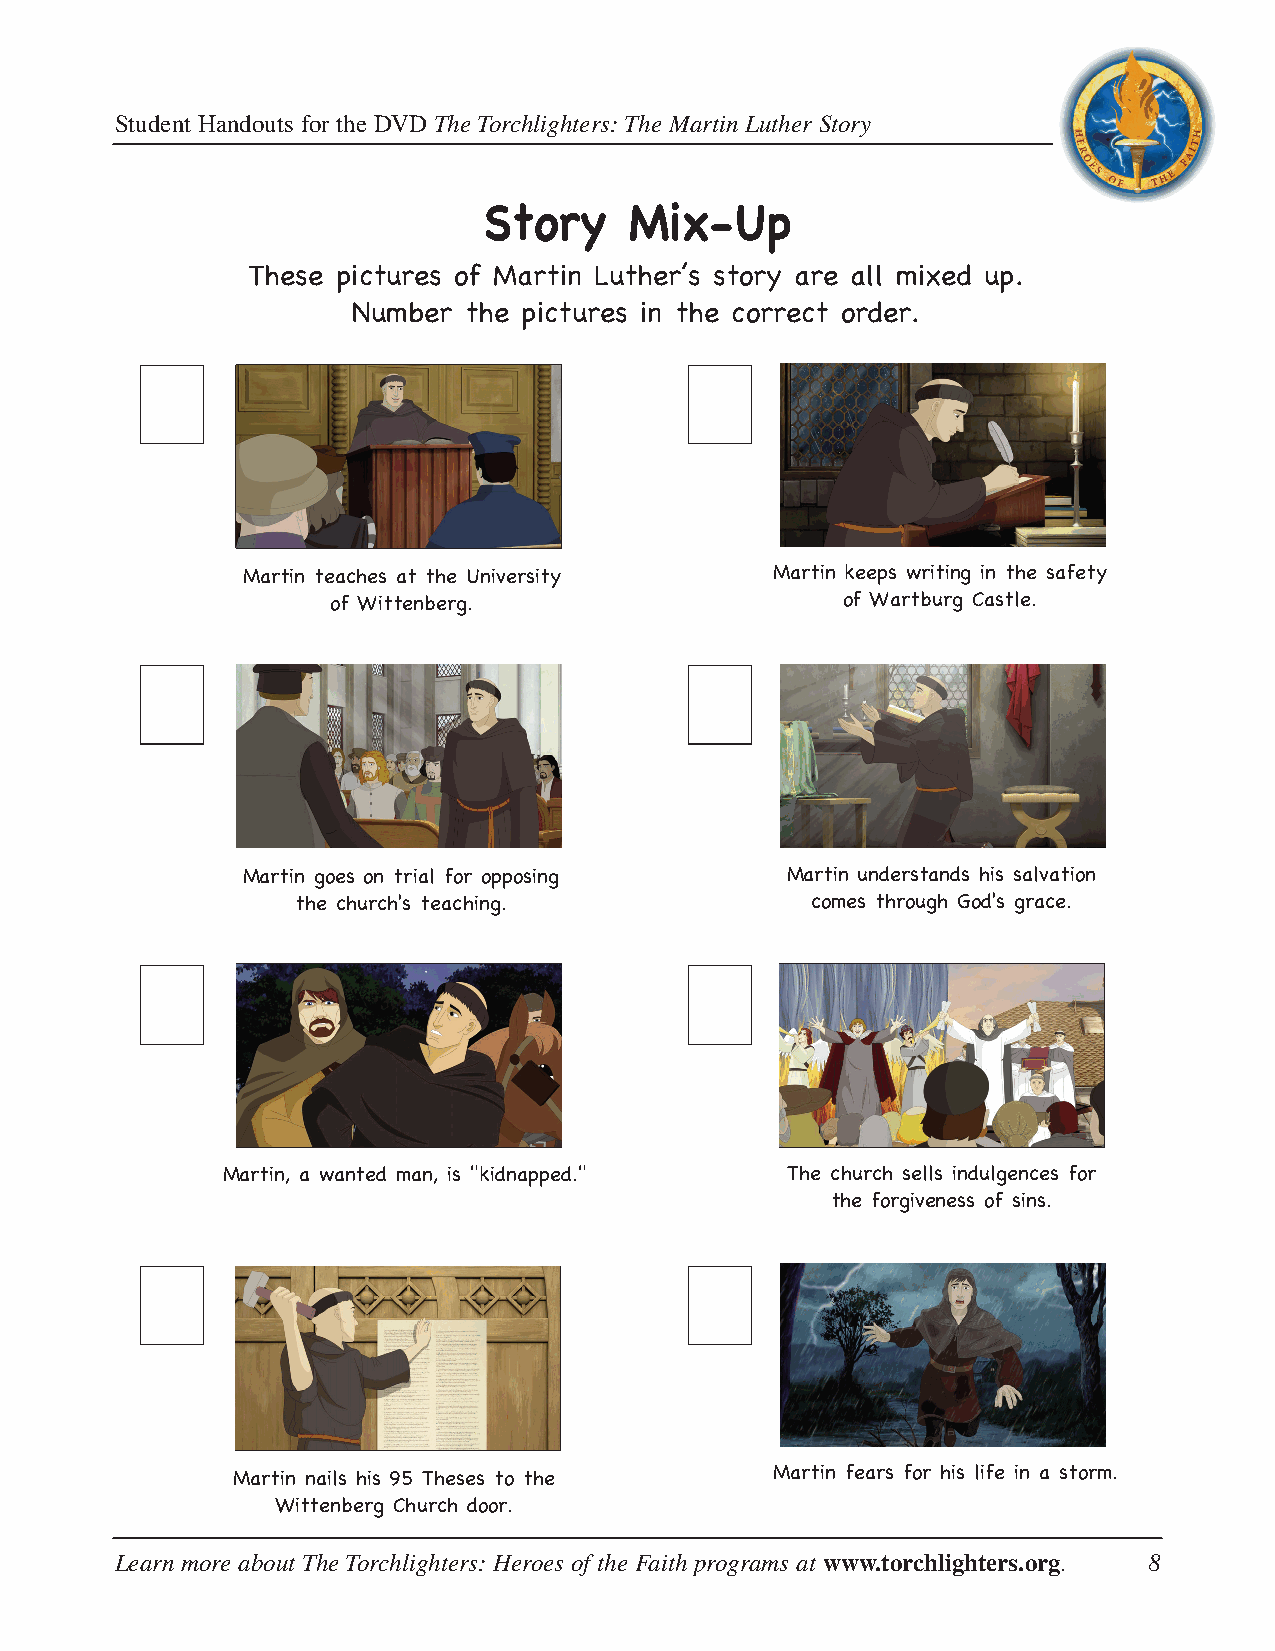
Student Handouts for the DVD The Torchlighters: The Martin Luther Story
 Story     Mix-Up
 These pictures of Martin Luther’s story are all mixed up.
 Number  the pictures in the correct order.
 Martin teaches at the University   Martin keeps writing in the safety
 of Wittenberg.                    of Wartburg Castle.
 Martin goes on trial for opposing   Martin understands his salvation
 the church's teaching.            comes through God's grace.
 Martin, a wanted man, is "kidnapped." The church sells indulgences for
 the forgiveness of sins.
 Martin nails his 95 Theses to the   Martin fears for his life in a storm.
 Wittenberg Church door.
 Learn more about The Torchlighters: Heroes of the Faith programs at www.torchlighters.org. 8